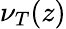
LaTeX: \nu_{T}(z)